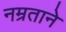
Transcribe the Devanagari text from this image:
नम्रताने